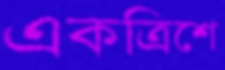
একত্রিশে